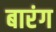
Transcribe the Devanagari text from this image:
बारंग